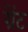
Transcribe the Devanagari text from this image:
ग्रेंट